Vaccination in the Punjab 1883-1896 - 1883-1896
Year: 1883
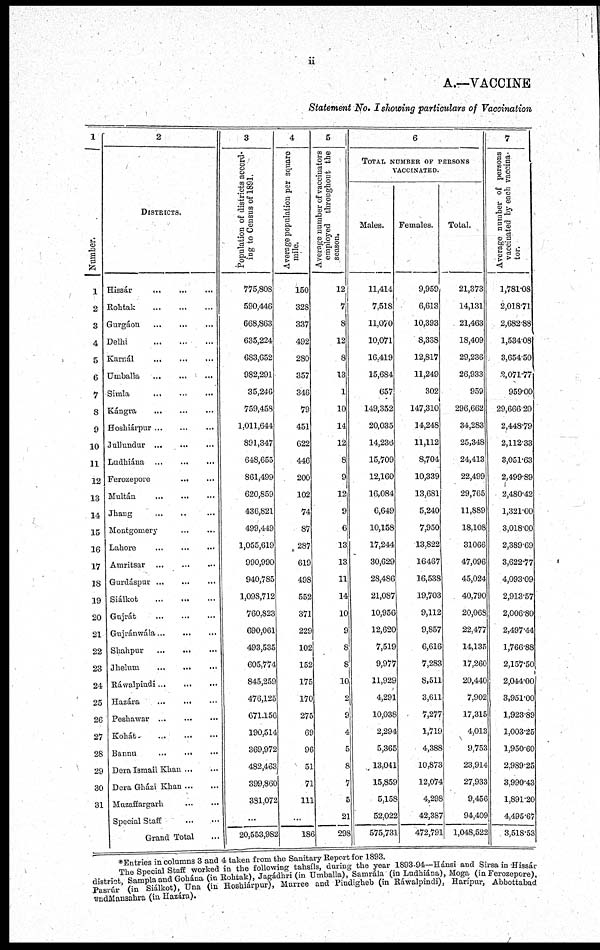
ii
A.—VACCINE
Statement No. I showing particulars of Vaccination
1
Number.
1
2
3
4
5
6
7
8
9
10
11
12
13
14
15
16
17
18
19
20
21
22
23
24
25
26
27
28
29
30
31
2
DISTRICTS.
Hissár
...
...
...
Kohtak ... ... ...
Gurgáon
...
...
...
Delhi
...
...
...
Karnál
...
...
...
Umballa ... ... ...
Simla
...
...
...
Kángra
...
...
...
Hoshiáipur
...
...
...
Jullundur
...
...
...
Ludhiána ... ... ...
Ferozepore
...
...
Multán
...
...
...
Jhang ... ... ...
Montgomery ... ... ...
Lahore
...
...
...
Amritsar
...
...
...
Gurdáspur
...
...
...
Siálkot
...
...
...
Gujrát
...
...
...
Gujránwála
...
...
...
Shahpur
...
...
...
Jhelum
...
...
...
Ráwalpindi ... ... ...
Hazára
...
...
...
Peshawar
...
...
...
Kohát
...
...
...
Bannu
...
...
...
Dera Ismail Khan ... ...
Dera Gházi Khan ... ...
Muzaffargarh
...
...
Special Staff
...
...
Grand Total ...
3
Population of districts accord-
ing to Census of 1891.
775,808
590,446
668,863
635,224
683,652
982,291
35,246
759,458
1,011,644
891,347
648,655
861,499
620,859
436,821
499,449
1,055,619
990,990
940,785
1,098,712
760,823
690,061
493,535
605,774
845,259
476,125
671,156
190,514
369,972
482,463
399,860
381,072
...
20,553,982
4
Average population per square
mile.
150
328
337
492
280
357
346
79
451
622
446
200
102
74
87
287
619
498
552
371
229
102
152
175
170
275
69
96
51
71
111
...
186
5
Average number of vaccinators
employed throughout the
season.
12
7
8
12
8
13
1
10
14
12
8
9
12
9
6
13
13
11
14
10
9
8
8
10
2
9
4
5
8
7
5
21
298
6
TOTAL NUMBER OF PERSONS
VACCINATED.
Males.
11,414
7,518
11,070
10,071
16,419
15,684
657
149,352
20,035
14,236
15,709
12,160
16,084
6,649
10,158
17,244
30,629
28,486
21,087
10,956
12,620
7,519
9,977
11,929
4,291
10,038
2,294
5,365
13,041
15,859
5,158
52,022
575,731
Females.
9,959
6,613
10,393
8,338
12,817
11,249
302
147,310
14,248
11,112
8,704
10,339
13,681
5,240
7,950
13,822
16,467
16,538
19,703
9,112
9,857
6,616
7,283
8,511
3,611
7,277
1,719
4,388
10,873
12,074
4,298
42,387
472,791
Total.
21,373
14,131
21,463
18,409
29,236
26,933
959
296,662
34,283
25,348
24,413
22,499
29,765
11,889
18,108
31,066
47,096
45,024
40,790
20,068
22,477
14,135
17,260
20,440
7,902
17,315
4,013
9,753
23,914
27,933
9,456
94,409
1,048,522
7
Average number of persons
vaccinated by each vaccina-
tor.
1,781.08
2,018.71
2,682.88
1,534.08
3,654.50
2,071.77
959.00
29,666.20
2,448.79
2,112.33
3,051.63
2,499.89
2,480.42
1,321.00
3,018.00
2,389.69
3,622.77
4,093.09
2,913.57
2,006.80
2,497.44
1,766.88
2,157.50
2,044.00
3,951.00
1,923.89
1,003.25
1,950.60
2,989.25
3,990.43
1,891.20
4,495.67
3,518.53
*Entries in columns 3 and 4 taken from the Sanitary Report for 1893.
The Special Staff worked in the following tahsíls, during the year 1893-94—Hánsi and Sirsa in Hissár
district, Sampla and Gohána (in Rohtak), Jagádhri (in Umballa), Samrála (in Ludhiána), Moga (in Ferozepore),
Pasrúr (in Siálkot), Una (in Hoshiárpur), Murree and Pindigheb (in Ráwalpindi), Harípur, Abbottabad
and Mansahra (in Hazára).